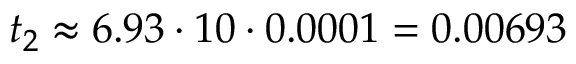
t _ { 2 } \approx 6 . 9 3 \cdot 1 0 \cdot 0 . 0 0 0 1 = 0 . 0 0 6 9 3